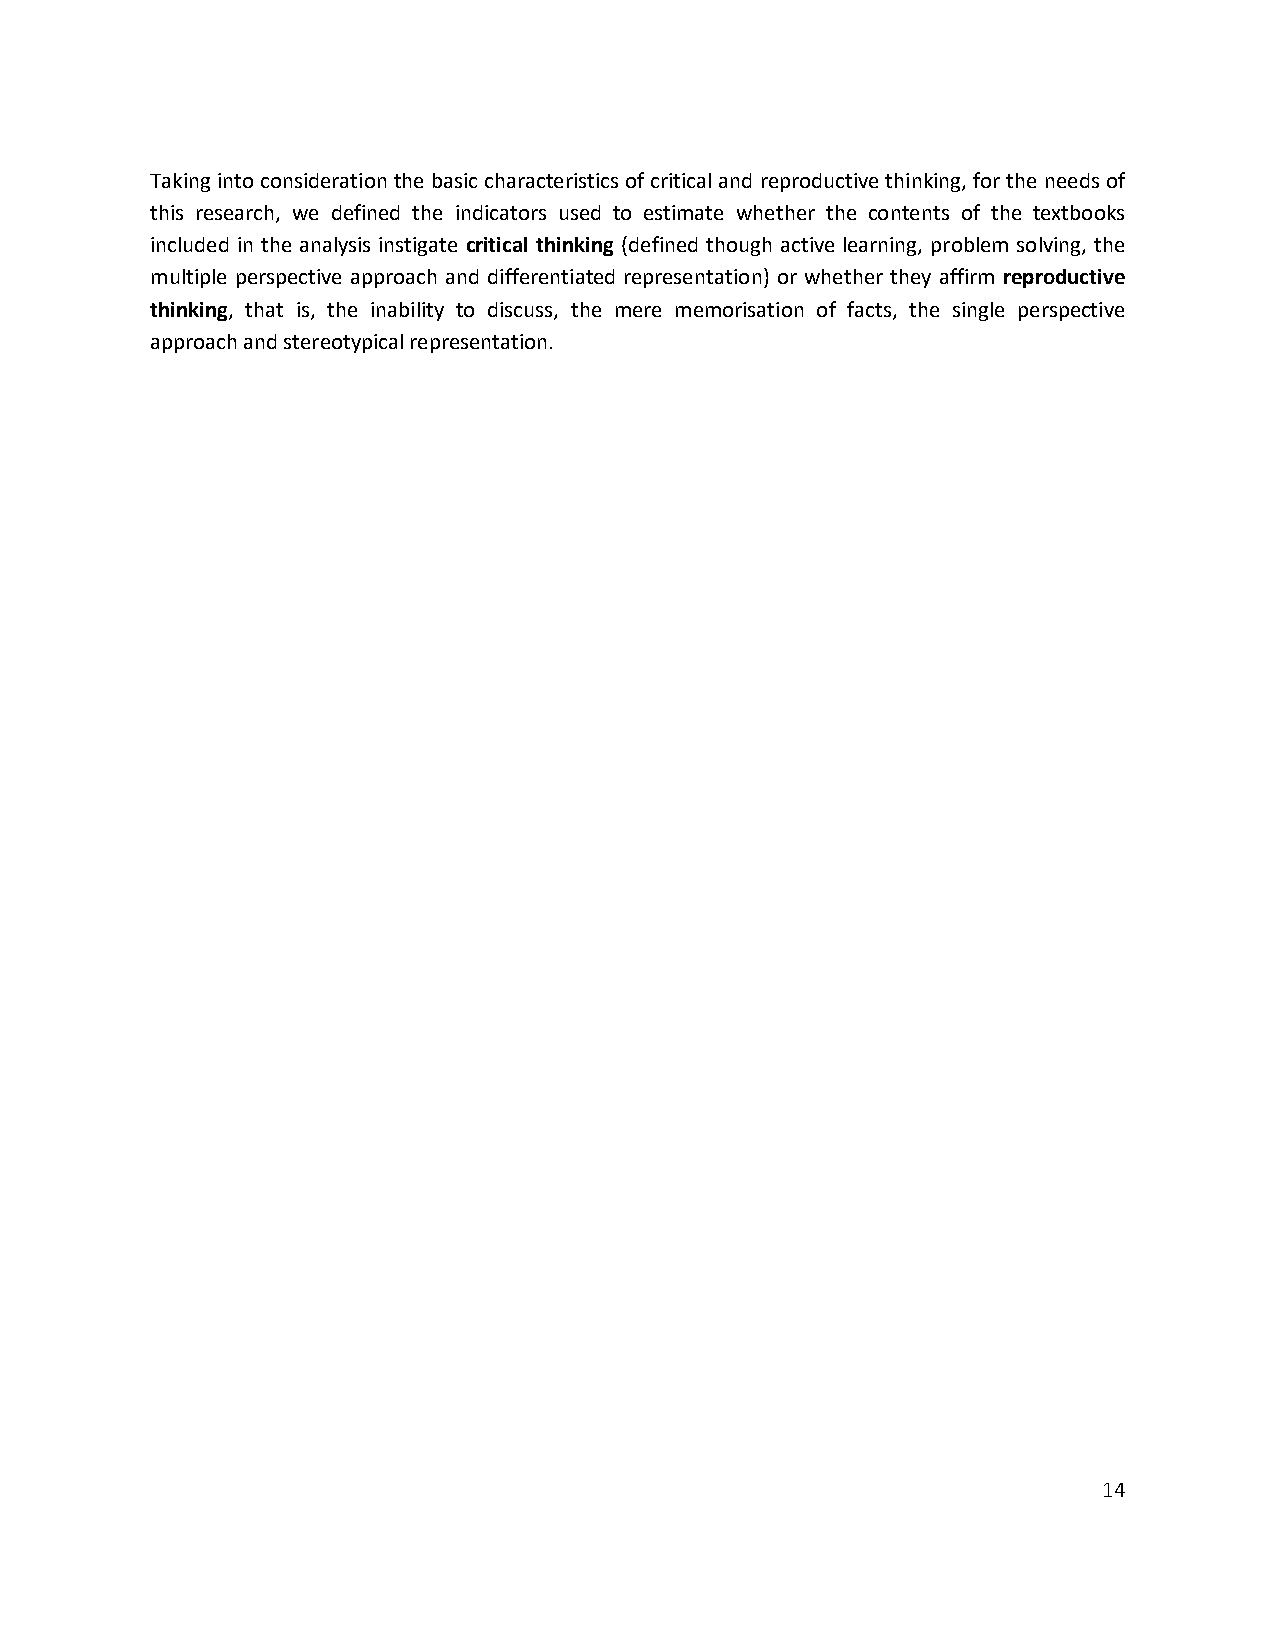
Taking into consideration the basic characteristics of critical and reproductive thinking, for the needs of
 this research, we defined the indicators used to estimate whether the contents of the textbooks
 included in the analysis instigate critical thinking (defined though active learning, problem solving, the
 multiple perspective approach and differentiated representation) or whether they affirm reproductive
 thinking, that is, the inability to discuss, the mere memorisation of facts, the single perspective
 approach and stereotypical representation.
 14